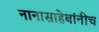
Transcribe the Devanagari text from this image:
नानासाहेबांनीच